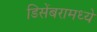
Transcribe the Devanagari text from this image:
डिसेंबरामध्ये